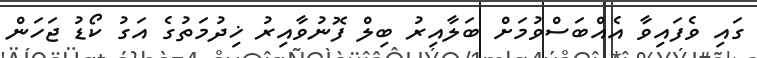
ގައި ވެފައިވާ އެއްބަސްވުމަށް ބަލާއިރު ބިލް ފޮނުވާއިރު ޚިދުމަތުގެ އަގު ކޯޑު ޖަހަން